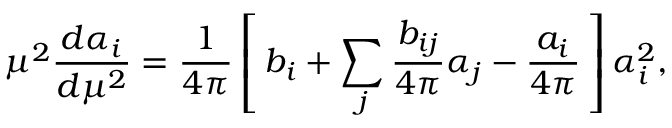
\mu ^ { 2 } \frac { d \alpha _ { i } } { d \mu ^ { 2 } } = \frac { 1 } { 4 \pi } \left[ \, b _ { i } + \sum _ { j } \frac { b _ { i j } } { 4 \pi } \alpha _ { j } - \frac { a _ { i } } { 4 \pi } \, \right] \alpha _ { i } ^ { 2 } ,